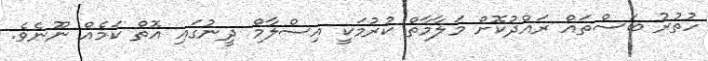
ހުތުރު ބަސްތައް ރައްދުކޮށް މަލާމާތް ކުރުމަކީ އިސްލާމް ދީނުގައި އޮތް ކަމެއް ނޫނެވެ.